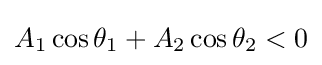
A_{1}\cos \theta _{1}+A_{2}\cos \theta _{2}<0